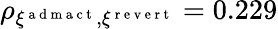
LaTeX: \rho_{\xi^{\mathrm{~a~d~m~a~c~t~}},\xi^{\mathrm{~r~e~v~e~r~t~}}}=0.229